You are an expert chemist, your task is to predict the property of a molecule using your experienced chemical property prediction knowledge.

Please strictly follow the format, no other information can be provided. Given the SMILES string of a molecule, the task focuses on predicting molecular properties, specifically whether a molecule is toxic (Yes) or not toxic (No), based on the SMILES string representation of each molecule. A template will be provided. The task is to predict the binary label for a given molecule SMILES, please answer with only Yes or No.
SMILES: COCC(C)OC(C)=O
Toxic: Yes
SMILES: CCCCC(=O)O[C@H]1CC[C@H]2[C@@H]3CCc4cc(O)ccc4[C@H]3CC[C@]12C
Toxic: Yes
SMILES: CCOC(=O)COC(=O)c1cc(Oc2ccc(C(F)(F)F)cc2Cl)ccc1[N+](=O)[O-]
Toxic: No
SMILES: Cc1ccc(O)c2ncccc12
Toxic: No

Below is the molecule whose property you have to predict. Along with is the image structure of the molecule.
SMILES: Cc1c(N)cccc1Cl
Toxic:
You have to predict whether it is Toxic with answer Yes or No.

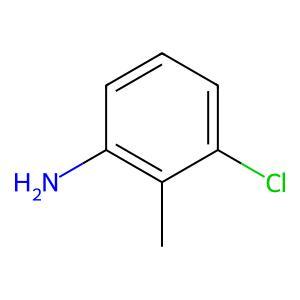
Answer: No